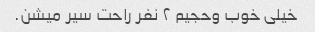
خیلی خوب وحجیم ٢ نفر راحت سیر میشن.